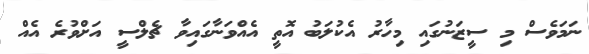
ނަމަވެސް މި ސީޒަނުގައި މިހާރު އެކުލަބު އޮތީ އެއްވަނާގައިވާ ޗެލްސީ އަށްވުރެ އެއް